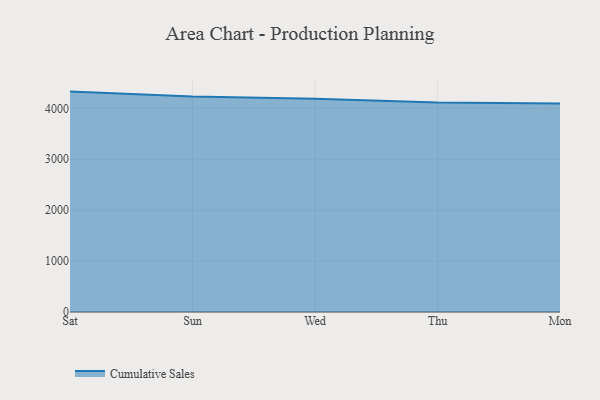
{"axis": {"x": "Day", "y": "Operating Costs (USD K)"}, "legend": ["Cumulative Sales"], "data": [{"x": "Sat", "y": 4329.5, "type": "Cumulative Sales"}, {"x": "Sun", "y": 4232.1, "type": "Cumulative Sales"}, {"x": "Wed", "y": 4189.9, "type": "Cumulative Sales"}, {"x": "Thu", "y": 4115.6, "type": "Cumulative Sales"}, {"x": "Mon", "y": 4097.3, "type": "Cumulative Sales"}]}